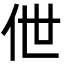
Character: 伳